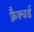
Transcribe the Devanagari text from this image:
फ़्रैक्चर्ड